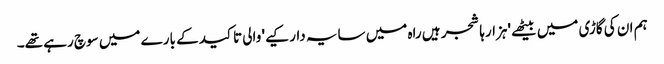
ہم ان کی گاڑی میں بیٹھے 'ہزارہا شجر ہیں راہ میں سایہ دار کیے' والی تاکید کے بارے میں سوچ رہے تھے۔